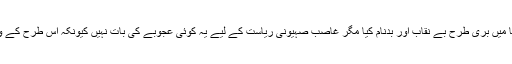
اس خبر نے صہیونیوں کو پوری دنیا میں بری طرح بے نقاب اور بدنام کیا مگر غاصب صہیونی ریاست کے لیے یہ کوئی عجوبے کی بات نہیں کیونکہ اس طرح کے واقعات روز کا معمول بن چکے ہیں۔